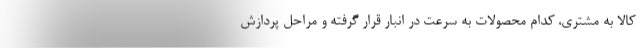
کالا به مشتری، کدام محصولات به سرعت در انبار قرار گرفته و مراحل پردازش